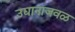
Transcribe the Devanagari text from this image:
उद्यानाजवळ